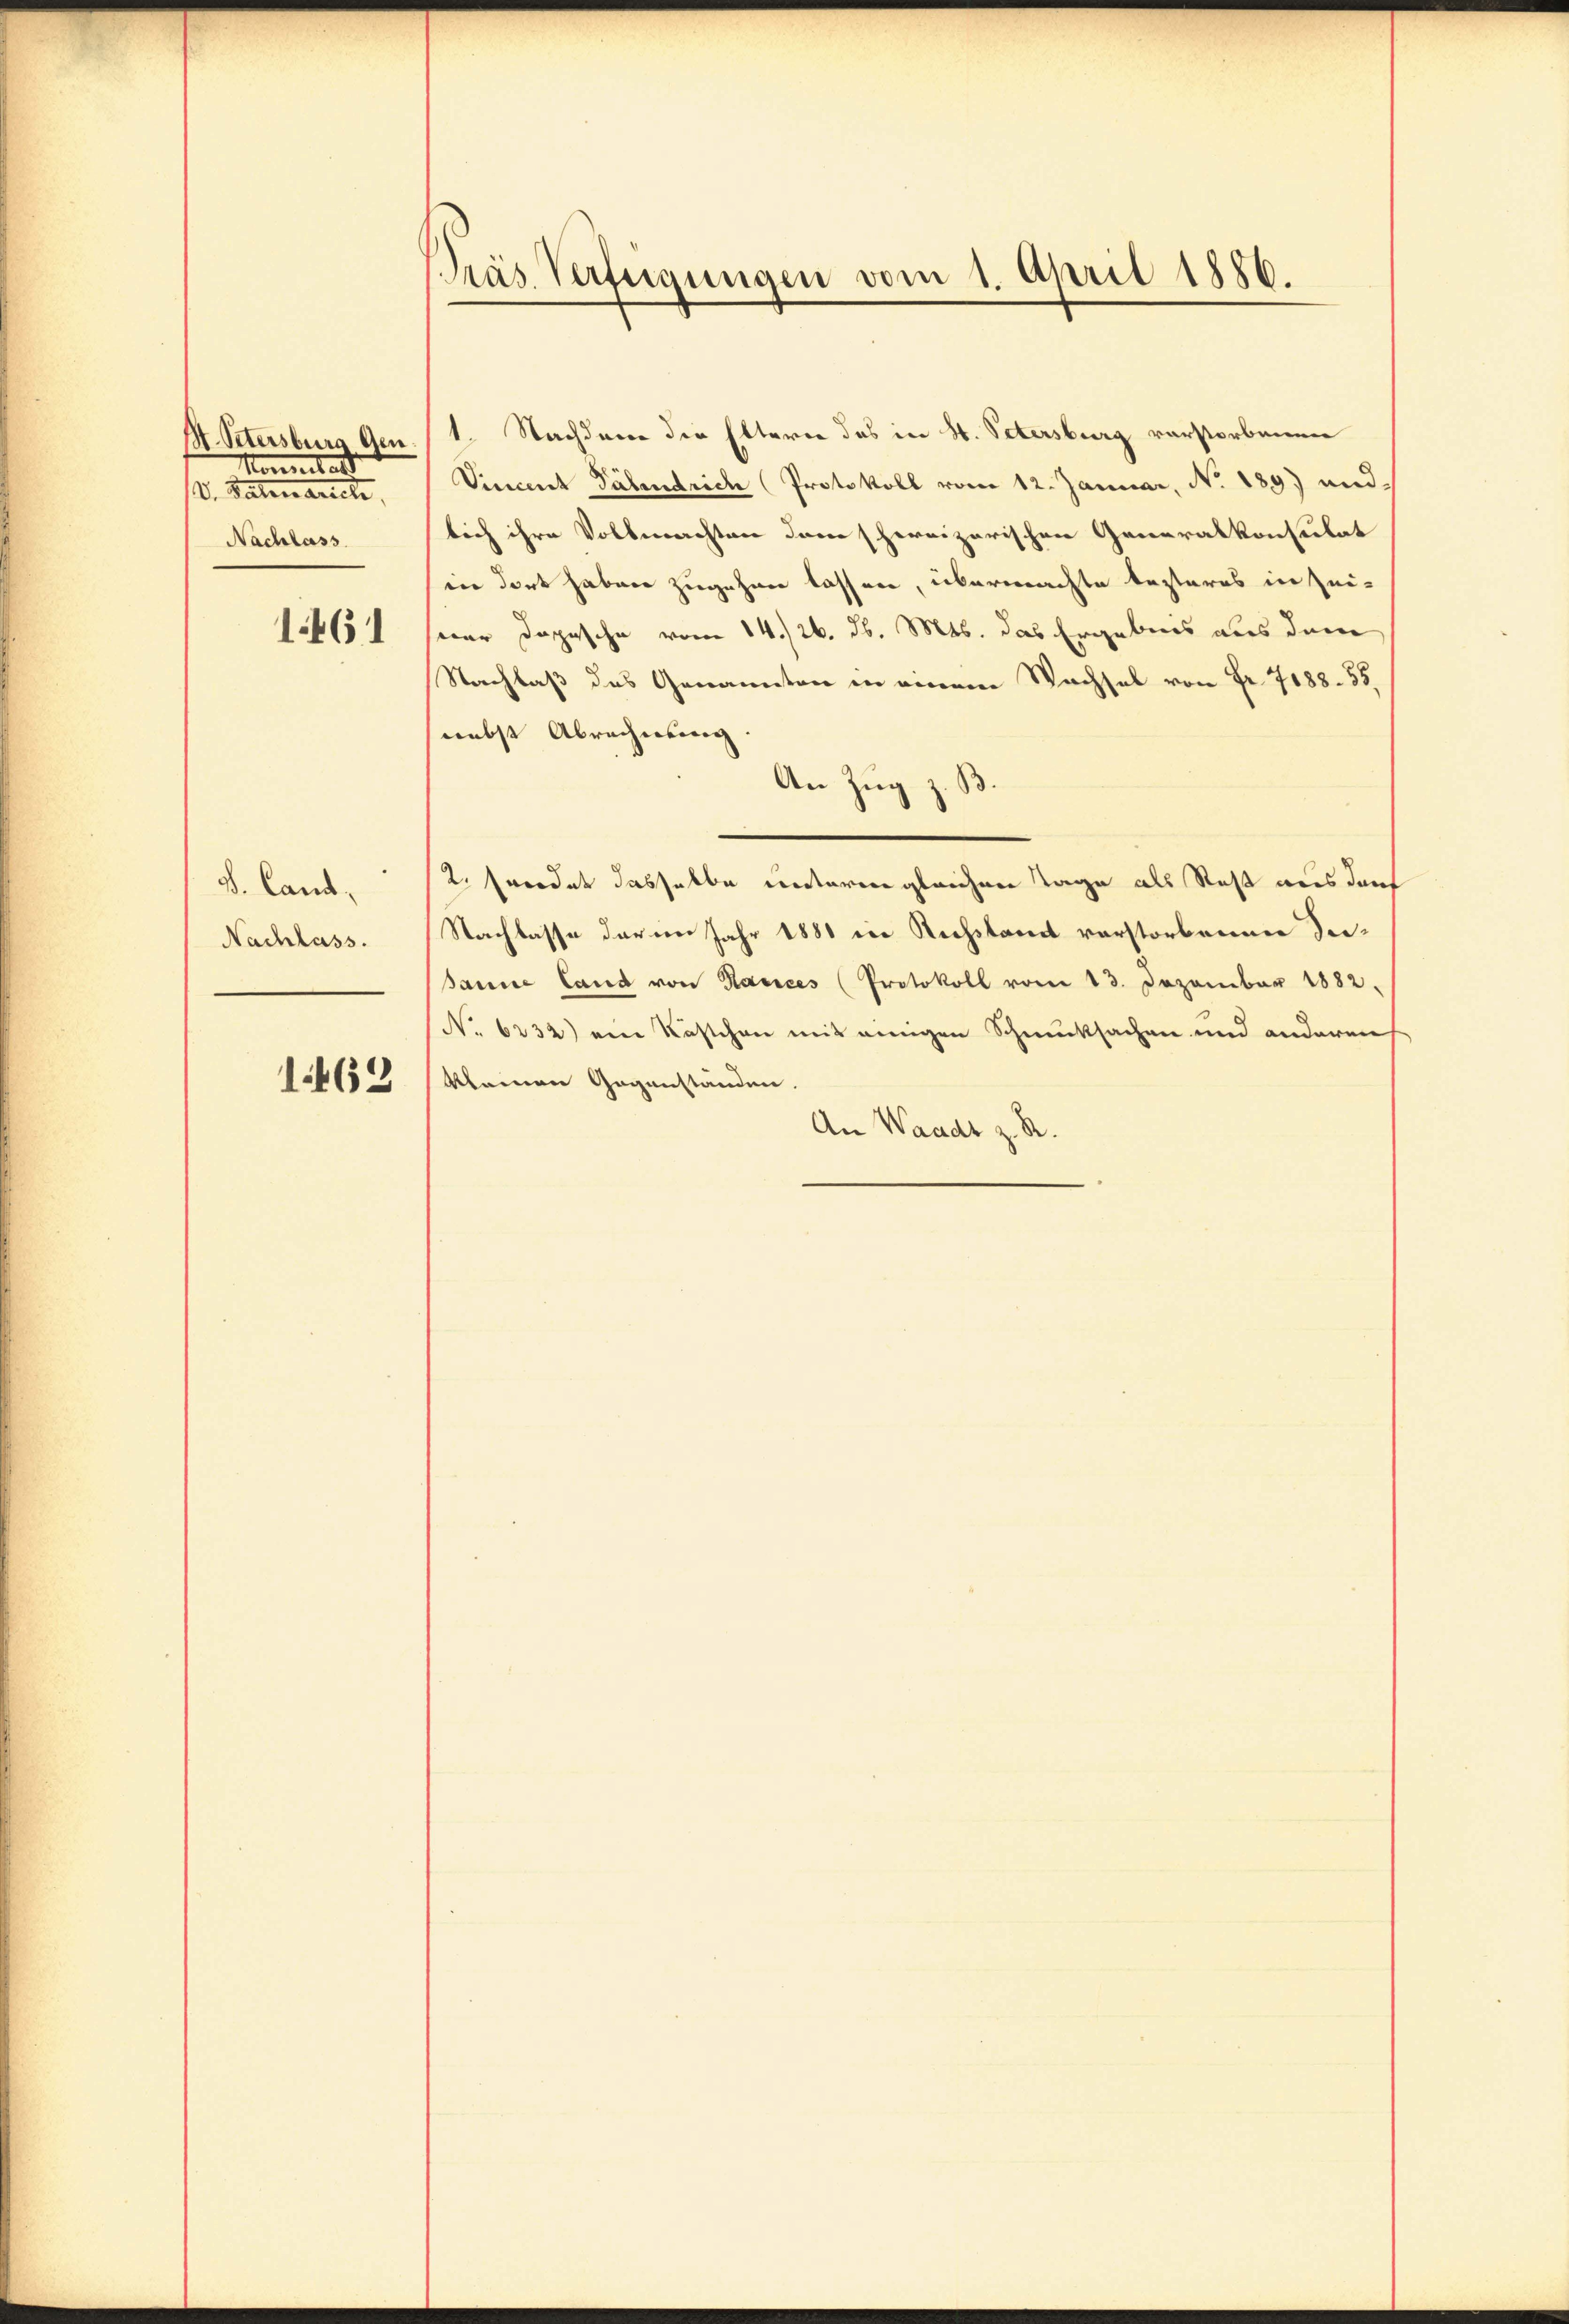
St. Petersburg Gen.
Kommutant
V. Patenartete,
Nachlass

1461

S. Cand.
Nachlass.

1462

Präs. Verfügungen vom 1. April 1886.

1. Nachdem die Elterer das in H. Petersburg verstorbenen
Vinceret Päbendrich Protokoll vom 12. Januar, No. 189) und
lich ihre Vollmachten den hereizerischen Generalkonsulat
in dort haben zugehen lassen, übermachte besteres in Zei-
war Dopische vom 14./26. d. Mts. das Ergebnis aus dem
Nachlaß des Genannten in einem Wachsel von Fr. 7188. 55.
nebst Abrechnung.
An Zug z. B.
2. Fordet dasselbe unteren gleichen Tage als Rest aus durch
Nachlasse darin Jahr 1881 in Rechstand verstorbenen Sei¬
Janne land von Harices (Protokoll vom 13. Dezember 1882.
No. 6232) ein Nastchen mit einigen Schmucksachen und anderen
kleinen Gegenständen.
An Waadt z. R.